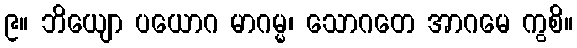
၉။ ဘိယျော ပယောဂ မာဂမ္မ၊ သောဂတေ အာဂမေ ကွစိ။